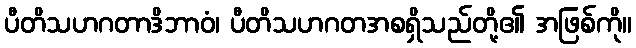
ပီတိသဟဂတာဒိဘာဝံ၊ ပီတိသဟဂတအစရှိသည်တို့၏ အဖြစ်ကို။